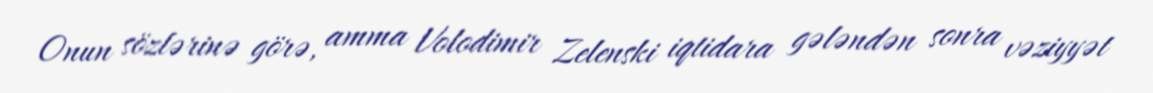
Onun sözlərinə görə, amma Volodimir Zelenski iqtidara gələndən sonra vəziyyət